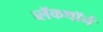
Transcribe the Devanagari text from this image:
ब्लॅकथॉर्न